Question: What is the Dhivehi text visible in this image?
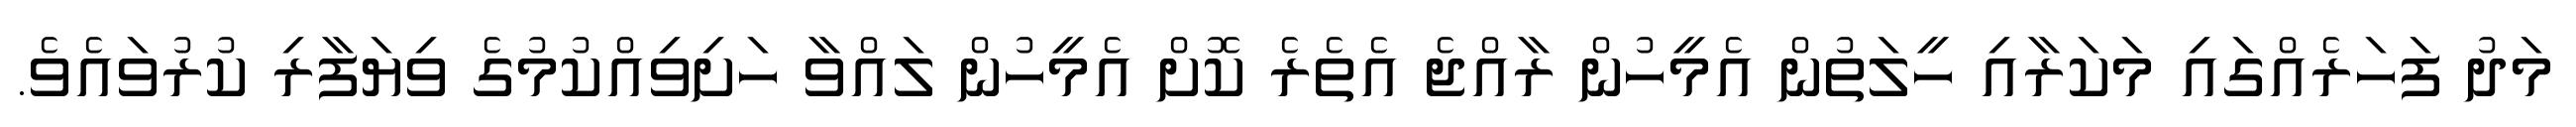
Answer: މަދު ފަހަރެއްގައި މަކަރާއި ހީލަތުން އެމީހުން ރާއްޖެ އެތެރެ ކޮށް އެމީހުން ލައްވާ ހަށިވިއްކުމުގެ ވިޔަފާރި ކުރުވައެވެ.